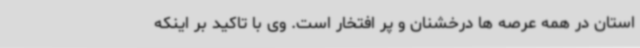
استان در همه عرصه ها درخشنان و پر افتخار است. وی با تاکید بر اینکه